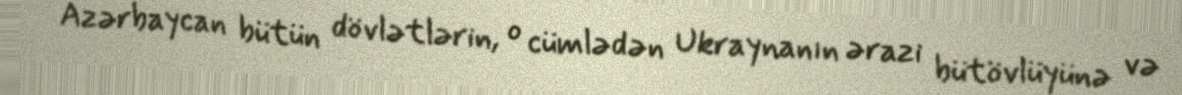
Azərbaycan bütün dövlətlərin, o cümlədən Ukraynanın ərazi bütövlüyünə və